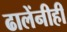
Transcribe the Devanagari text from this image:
ढालेंनीही